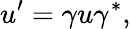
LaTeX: u^{\prime}=\gamma u\gamma^{*},